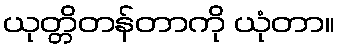
ယုတ္တိတန်တာကို ယုံတာ။